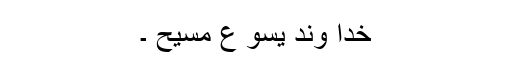
خدا وند یسو ع مسیح ۔